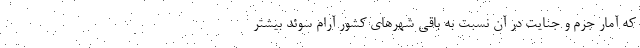
که آمار جرم و جنایت در آن نسبت به باقی شهرهای کشور آرام سوئد بیشتر